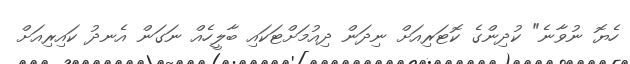
ހެޔޮ ނުވާނެ" ކުދިންގެ ކޮޓަރިއަށް ނިދަން ދިއުމަށްޓަކައި ބާލީހެއް ނަގަން އެނދު ކައިރިއަށް